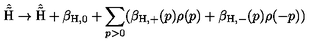
\hat { \tilde { \mathrm { H } } } \rightarrow \hat { \tilde { \mathrm { H } } } + \beta _ { \mathrm { H , 0 } } + \sum _ { p > 0 } ( \beta _ { \mathrm { H , + } } ( p ) \rho ( p ) + \beta _ { \mathrm { H , - } } ( p ) \rho ( - p ) )